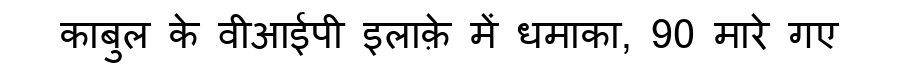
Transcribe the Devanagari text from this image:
काबुल के वीआईपी इलाक़े में धमाका, 90 मारे गए